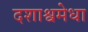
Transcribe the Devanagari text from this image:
दशाश्वमेधा